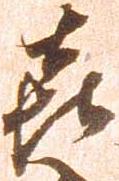
喜